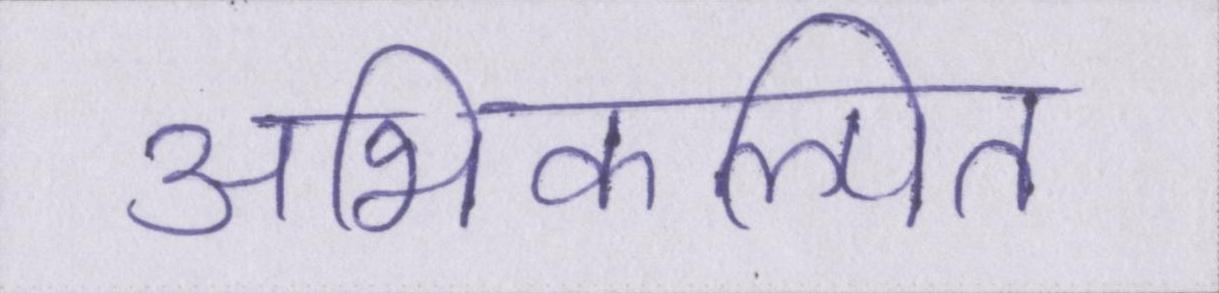
अभिकल्पित